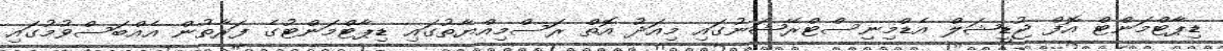
ޑިޕާޓްމަންޓް އޮފް ޖުޑީޝަލް އެޑްމިނިސްޓްރޭޝަނުގައި މިއަދު އޮތް ރަސްމިއްޔާތުގައި ޑިޕާޓްމަންޓުގެ ފަރާތުން އެއްބަސްވުމުގައި